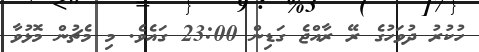
ހުކުރު ދުވަހުގެ ރޭ ރާއްޖެ ގަޑިން 23:00 ގައެވެ. މި މެޗުން މޮޅުވާ